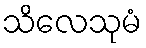
သိလေသုမံ